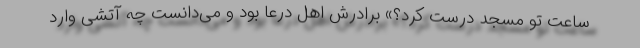
ساعت تو مسجد درست کرد؟» برادرش اهل درعا بود و می‌دانست چه آتشی وارد